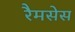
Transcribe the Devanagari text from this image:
रैमसेस